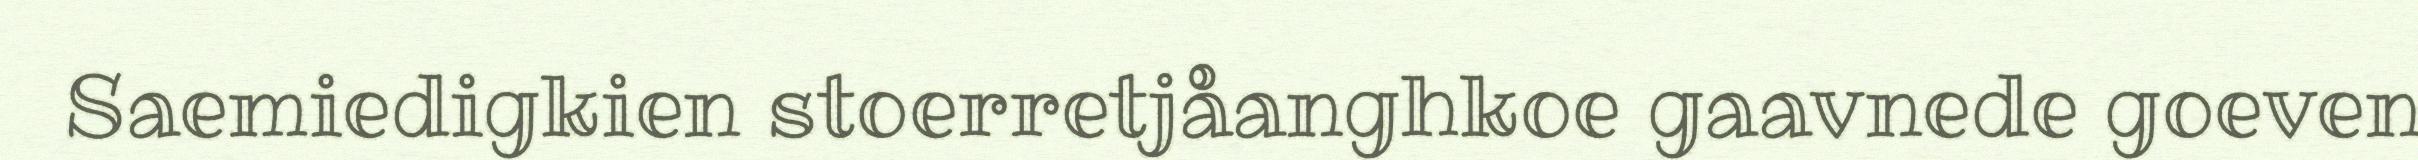
Saemiedigkien stoerretjåanghkoe gaavnede goeven